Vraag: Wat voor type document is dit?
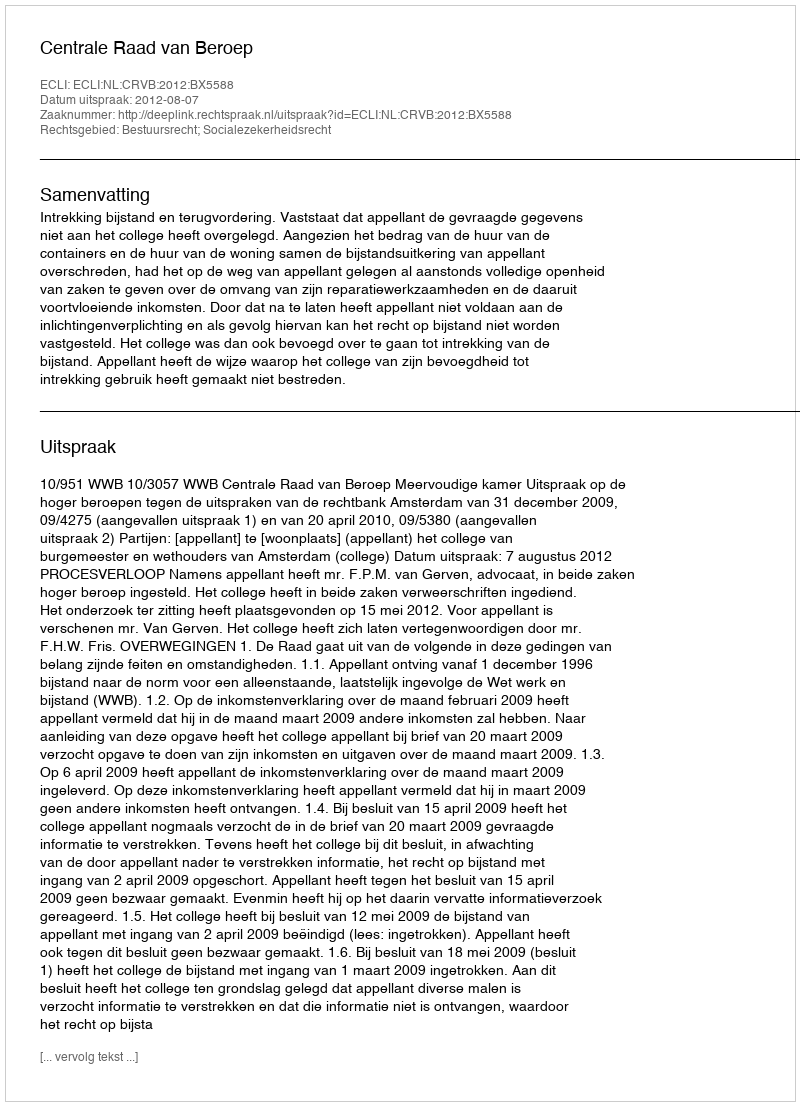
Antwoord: Uitspraak